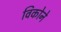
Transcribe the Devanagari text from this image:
विकोने